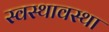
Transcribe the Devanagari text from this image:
स्वस्थावस्था